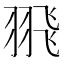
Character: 𦐭